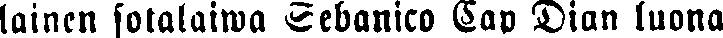
lainen sotalaiwa Sebanico Cap Dian luona